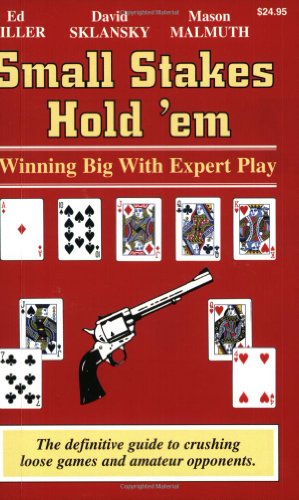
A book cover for Small Stakes Hold 'em: Winning Big With Expert Play; Ed Miller; Humor & Entertainment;